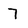
Character: 7